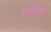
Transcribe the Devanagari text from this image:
अन्तर्वलन